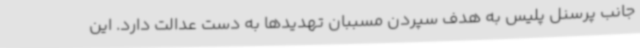
جانب پرسنل پلیس به هدف سپردن مسببان تهدیدها به دست عدالت دارد. این